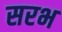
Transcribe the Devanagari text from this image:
सरभ